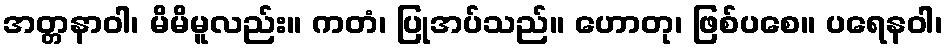
အတ္တနာဝါ၊ မိမိမူလည်း။ ကတံ၊ ပြုအပ်သည်။ ဟောတု၊ ဖြစ်ပစေ။ ပရေနဝါ၊